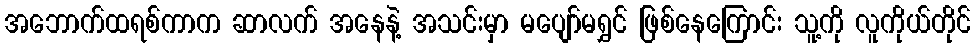
အဘောက်ထရစ်ကာက ဆာလက် အနေနဲ့ အသင်းမှာ မပျော်မရွှင် ဖြစ်နေကြောင်း သူ့ကို လူကိုယ်တိုင်